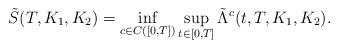
LaTeX: \begin{align*} &\tilde{S}(T,K_1,K_2)=\inf_{c\in C([0,T])}\sup_{t\in [0,T]}\tilde{\Lambda}^c(t,T,K_1,K_2).\end{align*}